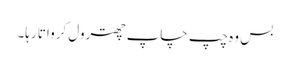
بس وہ چپ چاپ چھترول کرواتا رہا۔